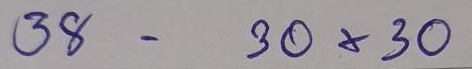
38 - 30x30